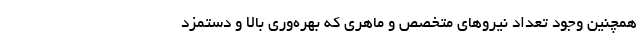
همچنین وجود تعداد نیروهای متخصص و ماهری که بهره‌وری بالا و دستمزد